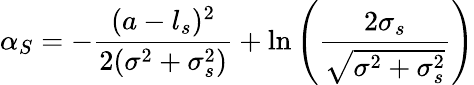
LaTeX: \alpha_{S}=-\frac{(a-l_{s})^{2}}{2(\sigma^{2}+\sigma_{s}^{2})}+\ln\left(\frac{2\sigma_{s}}{\sqrt{\sigma^{2}+\sigma_{s}^{2}}}\right)